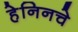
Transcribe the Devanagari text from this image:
हेनिनचे